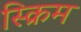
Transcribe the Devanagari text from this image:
स्क्रिम